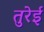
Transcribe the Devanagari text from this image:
तुरेई